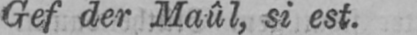
Gef der Maûl, si est.